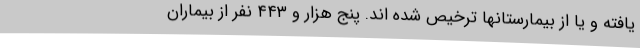
یافته و یا از بیمارستانها ترخیص شده اند. پنج هزار و ۴۴۳ نفر از بیماران